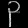
Digit: ၃